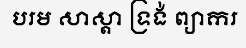
បរម សាស្តា ទ្រង់ ព្យាករ